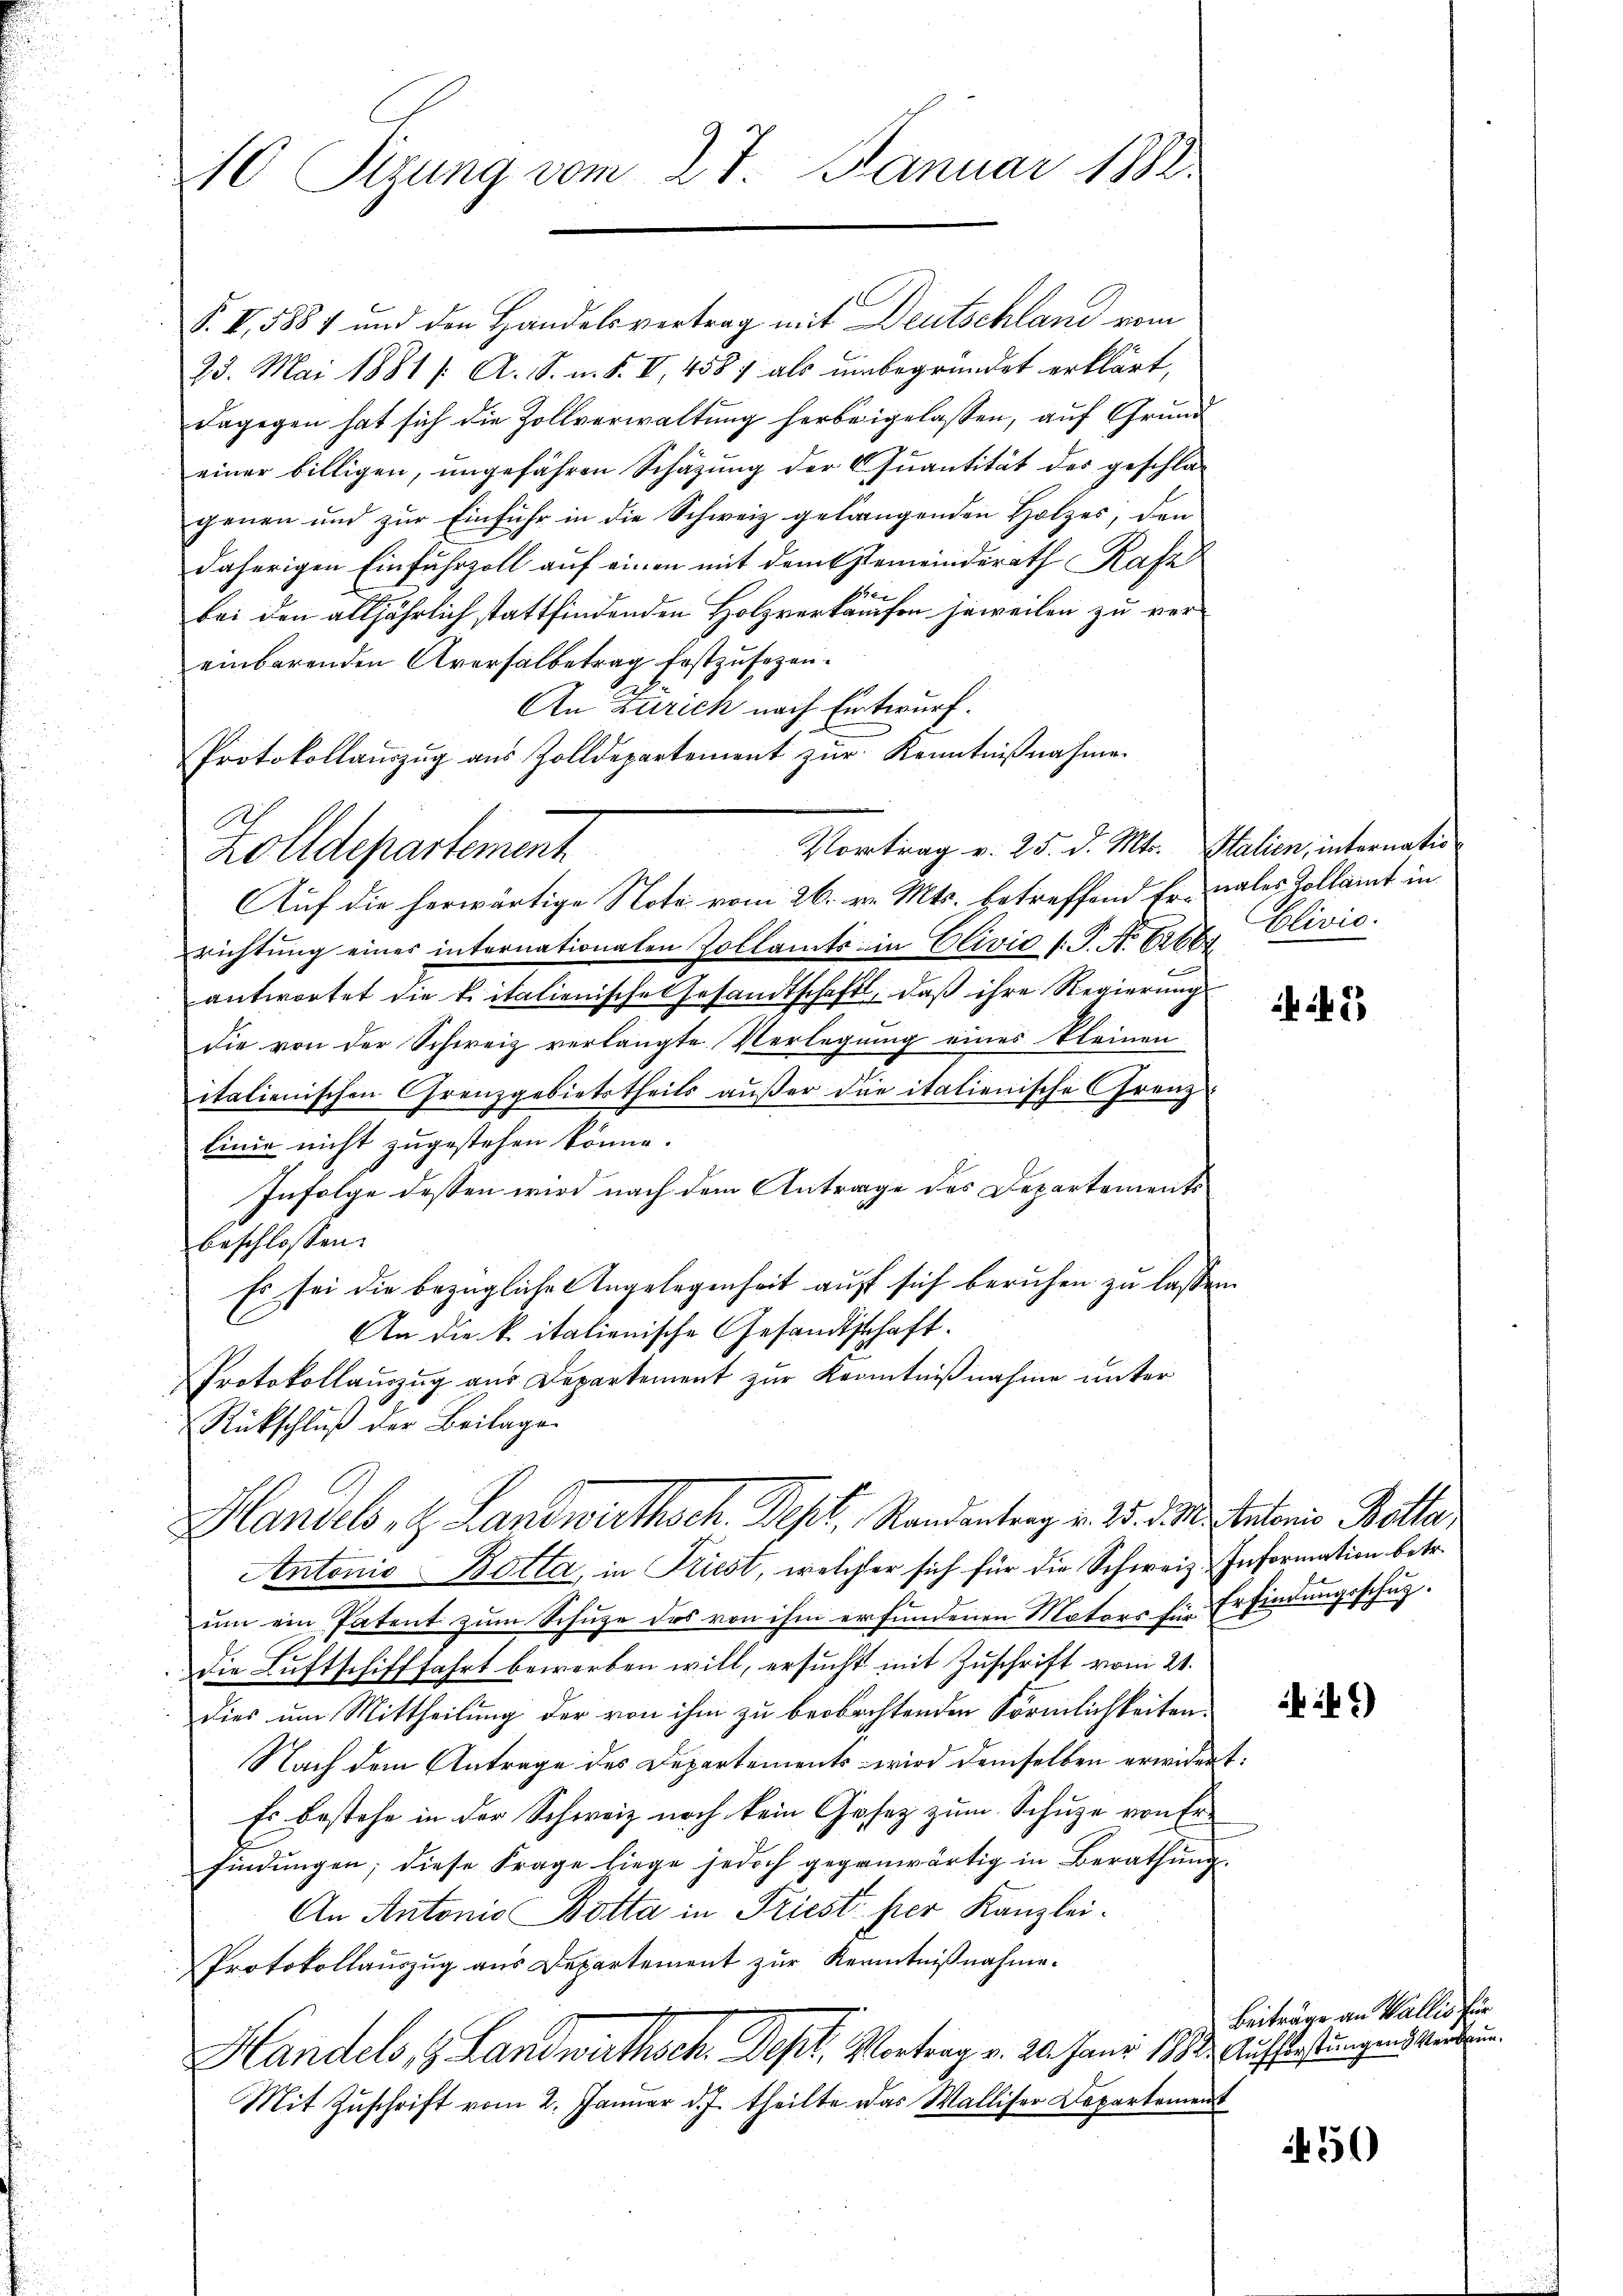
10 Sizung vom 27. Januar 1882.

S. II 5887 und den Handelsvertrag mit Deutschland vom
23. Mai 1881 /: A. S. m. S. V, 4587 als unbegründet erklärt,
dagegen hat sich die Zollverwaltung herbeigelassen, auf Grund
einer billigen, ungefähren Schätzung der Quantität des geschlagenen und zur Einfuhr in die Schweiz gelangenden Holzes, den
daherigen Einfuhrzoll auf einen mit dem Gemeinderath Rafa
ee
bei den alljährlich stattfindenden Holzverkaufen jeweilen zu vereinbarenden Aversalbetrag festzusezen.
An Zürich nach Entwurf.
Protokollauszug aus Zolldepartement zur Kenntnißnahme.
Auf die herwärtige Note vom 26. v. Mts. betreffend Fr. nales Zollamt in
richtung eines internationalen Zollamts in Clivić t. P. Nr. 658 Clivić.
antwortet die kritalienische Gesandtschaft, daß ihre Regierungs
die von der Schweiz verlangte Verlegung eines kleinen
italienischen Grenzgebietstheils außer die italienische Grenz-
linie nicht zugestehen könne.
Infolge dessen wird nach dem Antrage des Departements
beschlossen:
Es sei die bezügliche Angelegenheit auff sich beruhen zu lassen
C
An die k. italienische Gesandtschaft.
Protokollauszug aus Departement zur Kenntnißnahme unter
Rückschluß der Beilage
Hlandels, H. Landwirthsch. Sept. Randantrag v. 25. d. M. Antonis Batta
Antonio-Botta, in Friest, welcher sich für die Schweiz Information betr.
um ein Patent zum Schuze des von ihm erfundenen Motors für Erfindungsschutzdie Luftschifffahrt bewerben will, ersucht mit Zuschrift vom 21.
dies um Mittheilung der von ihm zu beobachtenden Förmlichkeiten.
Nach dem Antrage des Departements wird demselben erwider
Es bestehe in der Schweiz noch kein Gesez zum Schuze von Erfindungen; diese Frage liege jedoch gegenwärtig in Berathung.
An Antonio Botta in Priest per Kanzlei-
Protokollaŭszŭg aŭs Departement zŭr Kenntniβnahme.
Handels, & Landwirthsch. Dept, Vortrag v. 20. Janr. 1883. Auffassungends verdan¬
Mit Zuschrift vom 2. Januar d. J. theilte das Walliser Departement

A
zolldepartement

Vortrag v. 25. d. Mts. Stalien, internatio

2

445

.

2)

Beiträge an Wallis für

50)